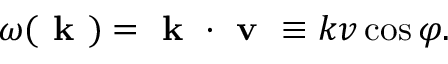
\omega ( \textbf { k } ) = \textbf { k } \cdot \textbf { v } \equiv k v \cos \varphi .